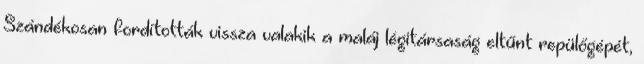
Szándékosan fordították vissza valakik a maláj légitársaság eltűnt repülőgépét,